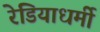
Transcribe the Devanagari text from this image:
रेडियाधर्मी